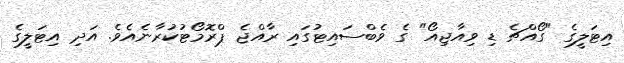
އިޓަލީގެ "ގޯއްޗެ ޑި ވިއާޖިއޯ" ގެ ވެބްސައިޓުގައި ރާއްޖެ ޕްރޮމޯޓުކުރާނެއެވެ. އަދި އިޓަލީގެ